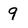
Character: 9